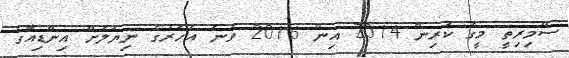
ސްމިރިތީ މީގެ ކުރިން 2014 އިން 2016 ވަނަ އަހަރުގެ ނިޔަލަށް އިންޑިއާގެ